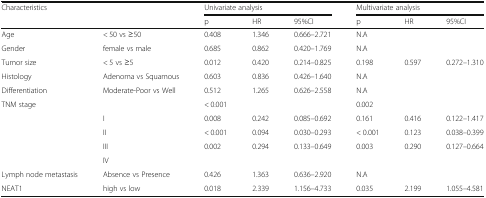
<table><thead><tr><td rowspan="2" colspan="2"><b>Characteristics</b></td><td colspan="3"><b>Univariate analysis</b></td><td colspan="3"><b>Multivariate analysis</b></td></tr><tr><td><b>p</b></td><td><b>HR</b></td><td><b>95%CI</b></td><td><b>p</b></td><td><b>HR</b></td><td><b>95%CI</b></td></tr></thead><tbody><tr><td>Age</td><td>&lt; 50 vs ≥50</td><td>0.408</td><td>1.346</td><td>0.666–2.721</td><td>N.A</td><td></td><td></td></tr><tr><td>Gender</td><td>female vs male</td><td>0.685</td><td>0.862</td><td>0.420–1.769</td><td>N.A</td><td></td><td></td></tr><tr><td>Tumor size</td><td>&lt; 5 vs ≥5</td><td>0.012</td><td>0.420</td><td>0.214–0.825</td><td>0.198</td><td>0.597</td><td>0.272–1.310</td></tr><tr><td>Histology</td><td>Adenoma vs Squamous</td><td>0.603</td><td>0.836</td><td>0.426–1.640</td><td>N.A</td><td></td><td></td></tr><tr><td>Differentiation</td><td>Moderate-Poor vs Well</td><td>0.512</td><td>1.265</td><td>0.626–2.558</td><td>N.A</td><td></td><td></td></tr><tr><td>TNM stage</td><td></td><td>&lt; 0.001</td><td></td><td></td><td>0.002</td><td></td><td></td></tr><tr><td></td><td>I</td><td>0.008</td><td>0.242</td><td>0.085–0.692</td><td>0.161</td><td>0.416</td><td>0.122–1.417</td></tr><tr><td></td><td>II</td><td>&lt; 0.001</td><td>0.094</td><td>0.030–0.293</td><td>&lt; 0.001</td><td>0.123</td><td>0.038–0.399</td></tr><tr><td></td><td>III</td><td>0.002</td><td>0.294</td><td>0.133–0.649</td><td>0.003</td><td>0.290</td><td>0.127–0.664</td></tr><tr><td></td><td>IV</td><td></td><td></td><td></td><td></td><td></td><td></td></tr><tr><td>Lymph node metastasis</td><td>Absence vs Presence</td><td>0.426</td><td>1.363</td><td>0.636–2.920</td><td>N.A</td><td></td><td></td></tr><tr><td>NEAT1</td><td>high vs low</td><td>0.018</td><td>2.339</td><td>1.156–4.733</td><td>0.035</td><td>2.199</td><td>1.055–4.581</td></tr></tbody></table>